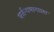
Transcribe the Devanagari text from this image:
पर्जन्यमानाला